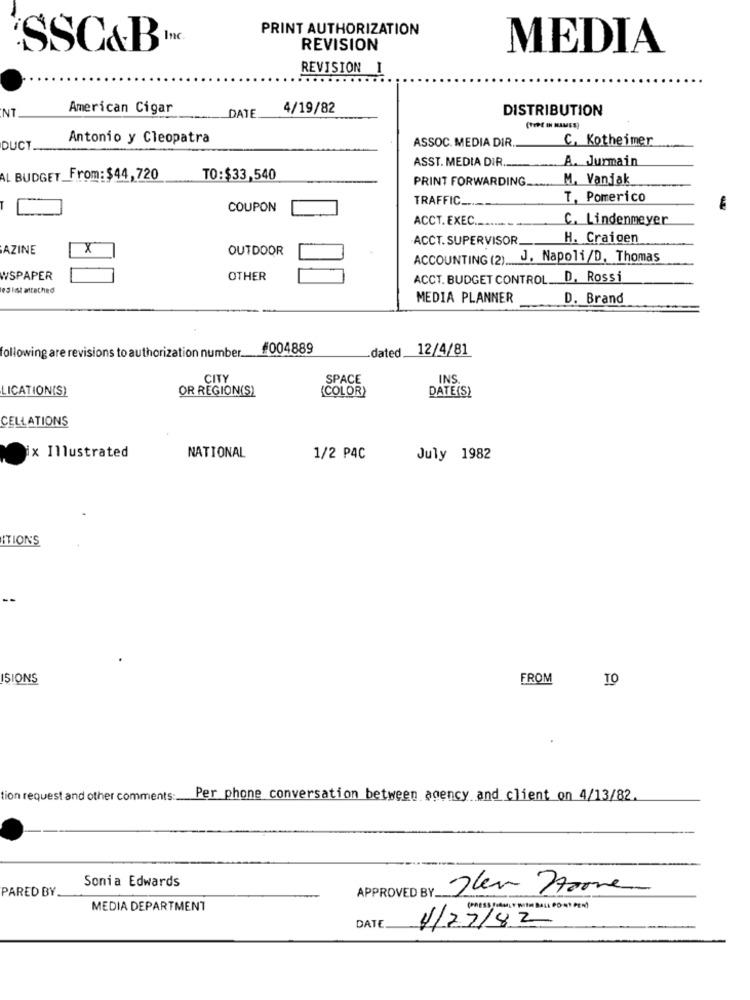
PRINT AUTHORIZATION
Inc.
SSC&B
REVISION
MEDIA
REVISION I
NT
American Cigar
4/19/82
DISTRIBUTION
DATE
(TOE IN NAMES)
Antonio y Cleopatra
ASSOC. MEDIA DIR
C. Kotheimer
DUCT.
ASST. MEDIA DIR
A. Jurmain
AL BUDGET From: $44,720
TO:$33,540
PRINT FORWARDING.
M. Vanjak
TRAFFIC _...
T. Pomerico
COUPON
-
ACCT. EXEC .........
C. Lindenmeyer
ACCT. SUPERVISOR.
H. Craigen
AZINE
X
OUTDOOR
ACCOUNTING (2) J. Napoli/D. Thomas
WSPAPER
OTHER
ACCT. BUDGET CONTROL. D. Rossi
es ist attached
MEDIA PLANNER
D. Brand
#004889
-dated __
12/4/81
following are revisions to authorization number.
CITY
SPACE
INS
LICATION(S)
OR REGION(S)
{COLOR)
DATE(S)
CELLATIONS
x Illustrated
NATIONAL
1/2 PAC
July 1982
ITIONS
ISIONS
FROM
tion request and other comments:
Per phone conversation between agency and client on 4/13/82
Sonia Edwards
PARED BY
APPROVED BY Jan Home
MEDIA DEPARTMENT
DATE
4/27/82